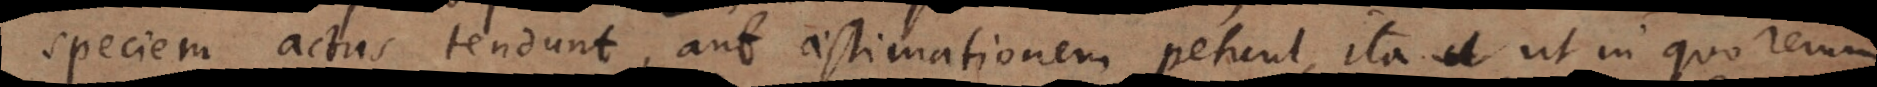
speciem actus tendunt, aut aestimationem petunt, ita ut in quo rer